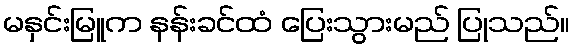
မနှင်းမြူက နန်းခင်ထံ ပြေးသွားမည် ပြုသည်။